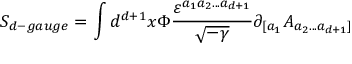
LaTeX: S _ { d - g a u g e } = \int d ^ { d + 1 } x \Phi \frac { \varepsilon ^ { a _ { 1 } a _ { 2 } . . . a _ { d + 1 } } } { \sqrt { - \gamma } } \partial _ { [ a _ { 1 } } A _ { a _ { 2 } . . . a _ { d + 1 } ] }